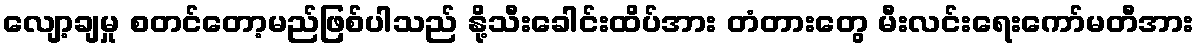
လျော့ချမှု စတင်တော့မည်ဖြစ်ပါသည် နို့သီးခေါင်းထိပ်အား တံတားတွေ မီးလင်းရေးကော်မတီအား